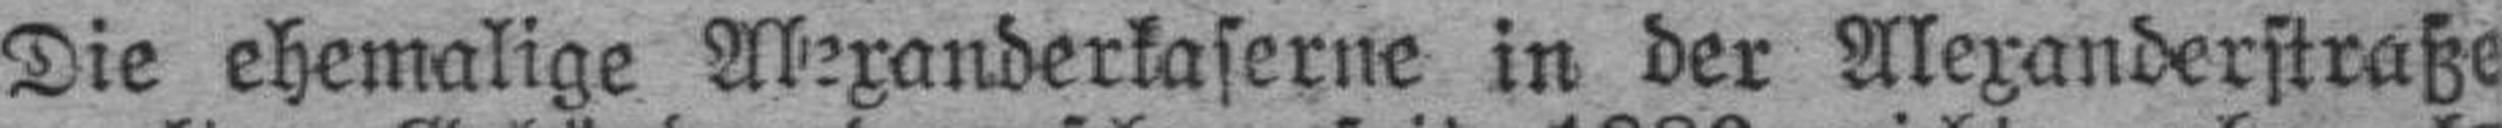
Die ehemalige Alexanderkaserne in der Alexanderstraße